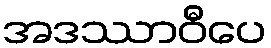
အဒဿာဝီပေ